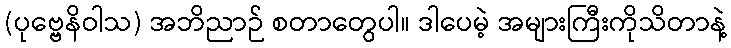
(ပုဗ္ဗေနိဝါသ) အဘိညာဉ် စတာတွေပါ။ ဒါပေမဲ့ အများကြီးကိုသိတာနဲ့